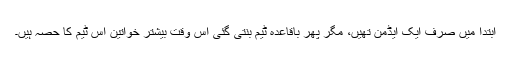
ابتدا میں صرف ایک ایڈمن تھیں، مگر پھر باقاعدہ ٹیم بنتی گئی اس وقت بیشتر خواتین اس ٹیم کا حصہ ہیں۔